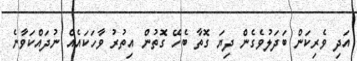
އަދި ވެރިކަން ބަދަލުވެގެން ދިޔަ ގޮތާ ބެހޭ ގޮތުން އިތުރު ވާހަކައެއް ނުދައްކަވާނެ